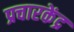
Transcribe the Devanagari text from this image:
प्रचारकेंद्र